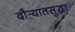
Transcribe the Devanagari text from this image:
दौर्‍यातसुद्धा